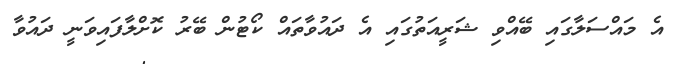
އެ މައްސަލާގައި ބޭއްވި ޝަރީއަތުގައި އެ ދައުވާތައް ކޯޓުން ބޭރު ކޮށްލާފައިވަނީ ދައުވާ